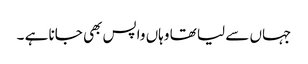
جہاں سے لیا تھا وہاں واپس بھی جانا ہے ۔